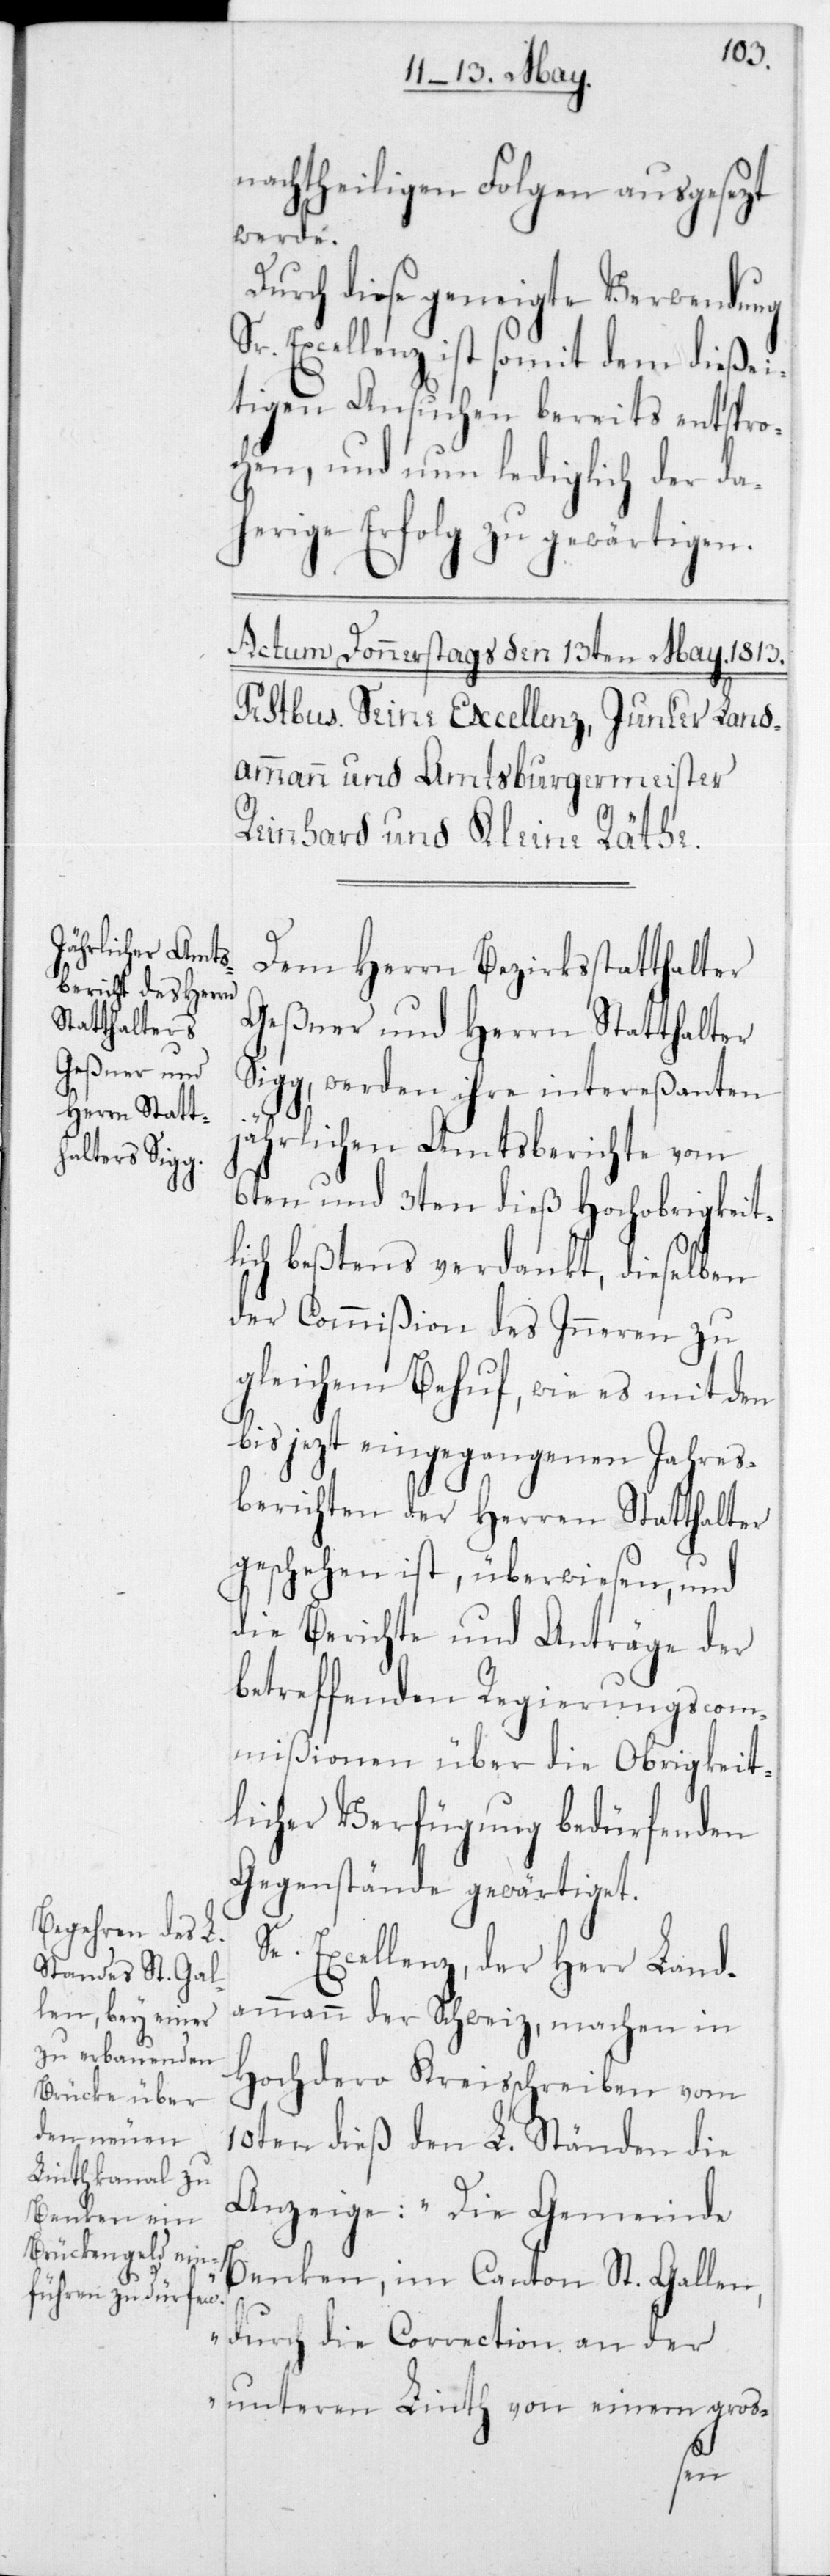
nachtheiligen Folgen ausgesezt
werde.
Durch diese geneigte Verwendung
Sr. Excellenz ist somit dem dießei¬
tigen Ansuchen bereits entspro¬
chen, und nun lediglich der da¬
herige Erfolg zu gewärtigen.
Dem Herrn Bezirksstatthalter
Geßner und Herrn Statthalter
Sigg, werden ihre intereßanten
jährlichen Amtsberichte vom
6ten und 3ten dieß hochobrigkeit¬
lich beßtens verdankt, dieselben
der Commißion des Inneren zu
gleichem Behuf, wie es mit den
bis jezt eingegangenen Jahres¬
berichten der Herren Statthalter
geschehen ist, überwiesen, und
die Berichte und Anträge der
betreffenden Regierungscom¬
mißionen über die Obrigkeit¬
licher Verfügung bedürfenden
Gegenstände gewärtiget.
Se. Excellenz, der Herr Land¬
ammann der Schweiz, machen in
Hochdero Kreisschreiben vom
10ten dieß den L. Ständen die
Anzeige: „Die Gemeinde
Benken im Canton St. Gallen,
durch die Correction an der
unteren Linth von einem gros-